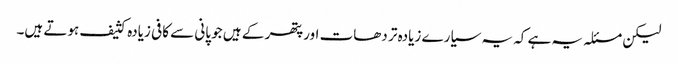
لیکن مسئلہ یہ ہے کہ یہ سیارے زیادہ تر دھات اور پتھر کے ہیں جو پانی سے کافی زیادہ کثیف ہوتے ہیں۔